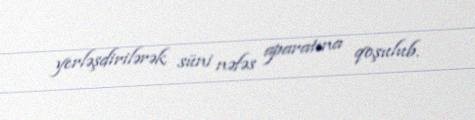
yerləşdirilərək süni nəfəs aparatına qoşulub.